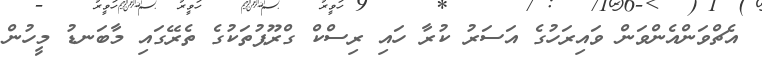
އެޗްވަންއެންވަން ވައިރަހުގެ އަސަރު ކުރާ ހައި ރިސްކް ގްރޫޕުތަކުގެ ތެރޭގައި މާބަނޑު މީހުން